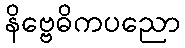
နိဗ္ဗေဓိကပညော